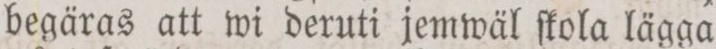
begäras att wi deruti jemwäl ſkola lägga